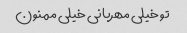
تو خیلی مهربانی خیلی ممنون